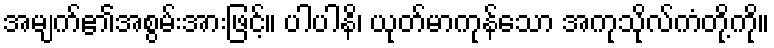
အမျက်၏အစွမ်းအားဖြင့်။ ပါပါနိ၊ ယုတ်မာကုန်သော အကုသိုလ်ကံတို့ကို။